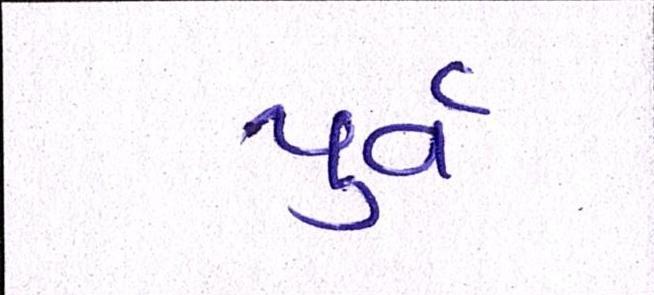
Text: પુર્વ